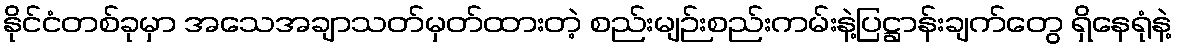
နိုင်ငံတစ်ခုမှာ အသေအချာသတ်မှတ်ထားတဲ့ စည်းမျဉ်းစည်းကမ်းနဲ့ပြဋ္ဌာန်းချက်တွေ ရှိနေရုံနဲ့